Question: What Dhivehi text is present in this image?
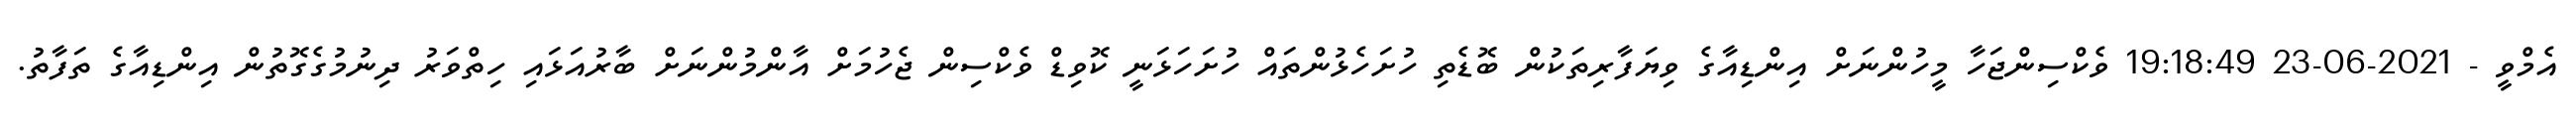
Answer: އެމްވީ - 2021-06-23 19:18:49 ވެކްސިންޖަހާ މީހުންނަށް އިންޑިއާގެ ވިޔަފާރިތަކުން ބޮޑެތި ހުށަހެޅުންތައް ހުށަހަޅަނީ ކޮވިޑް ވެކްސިން ޖެހުމަށް އާންމުންނަށް ބާރުއަޅައި ހިތްވަރު ދިނުމުގެގޮތުން އިންޑިއާގެ ތަފާތު.